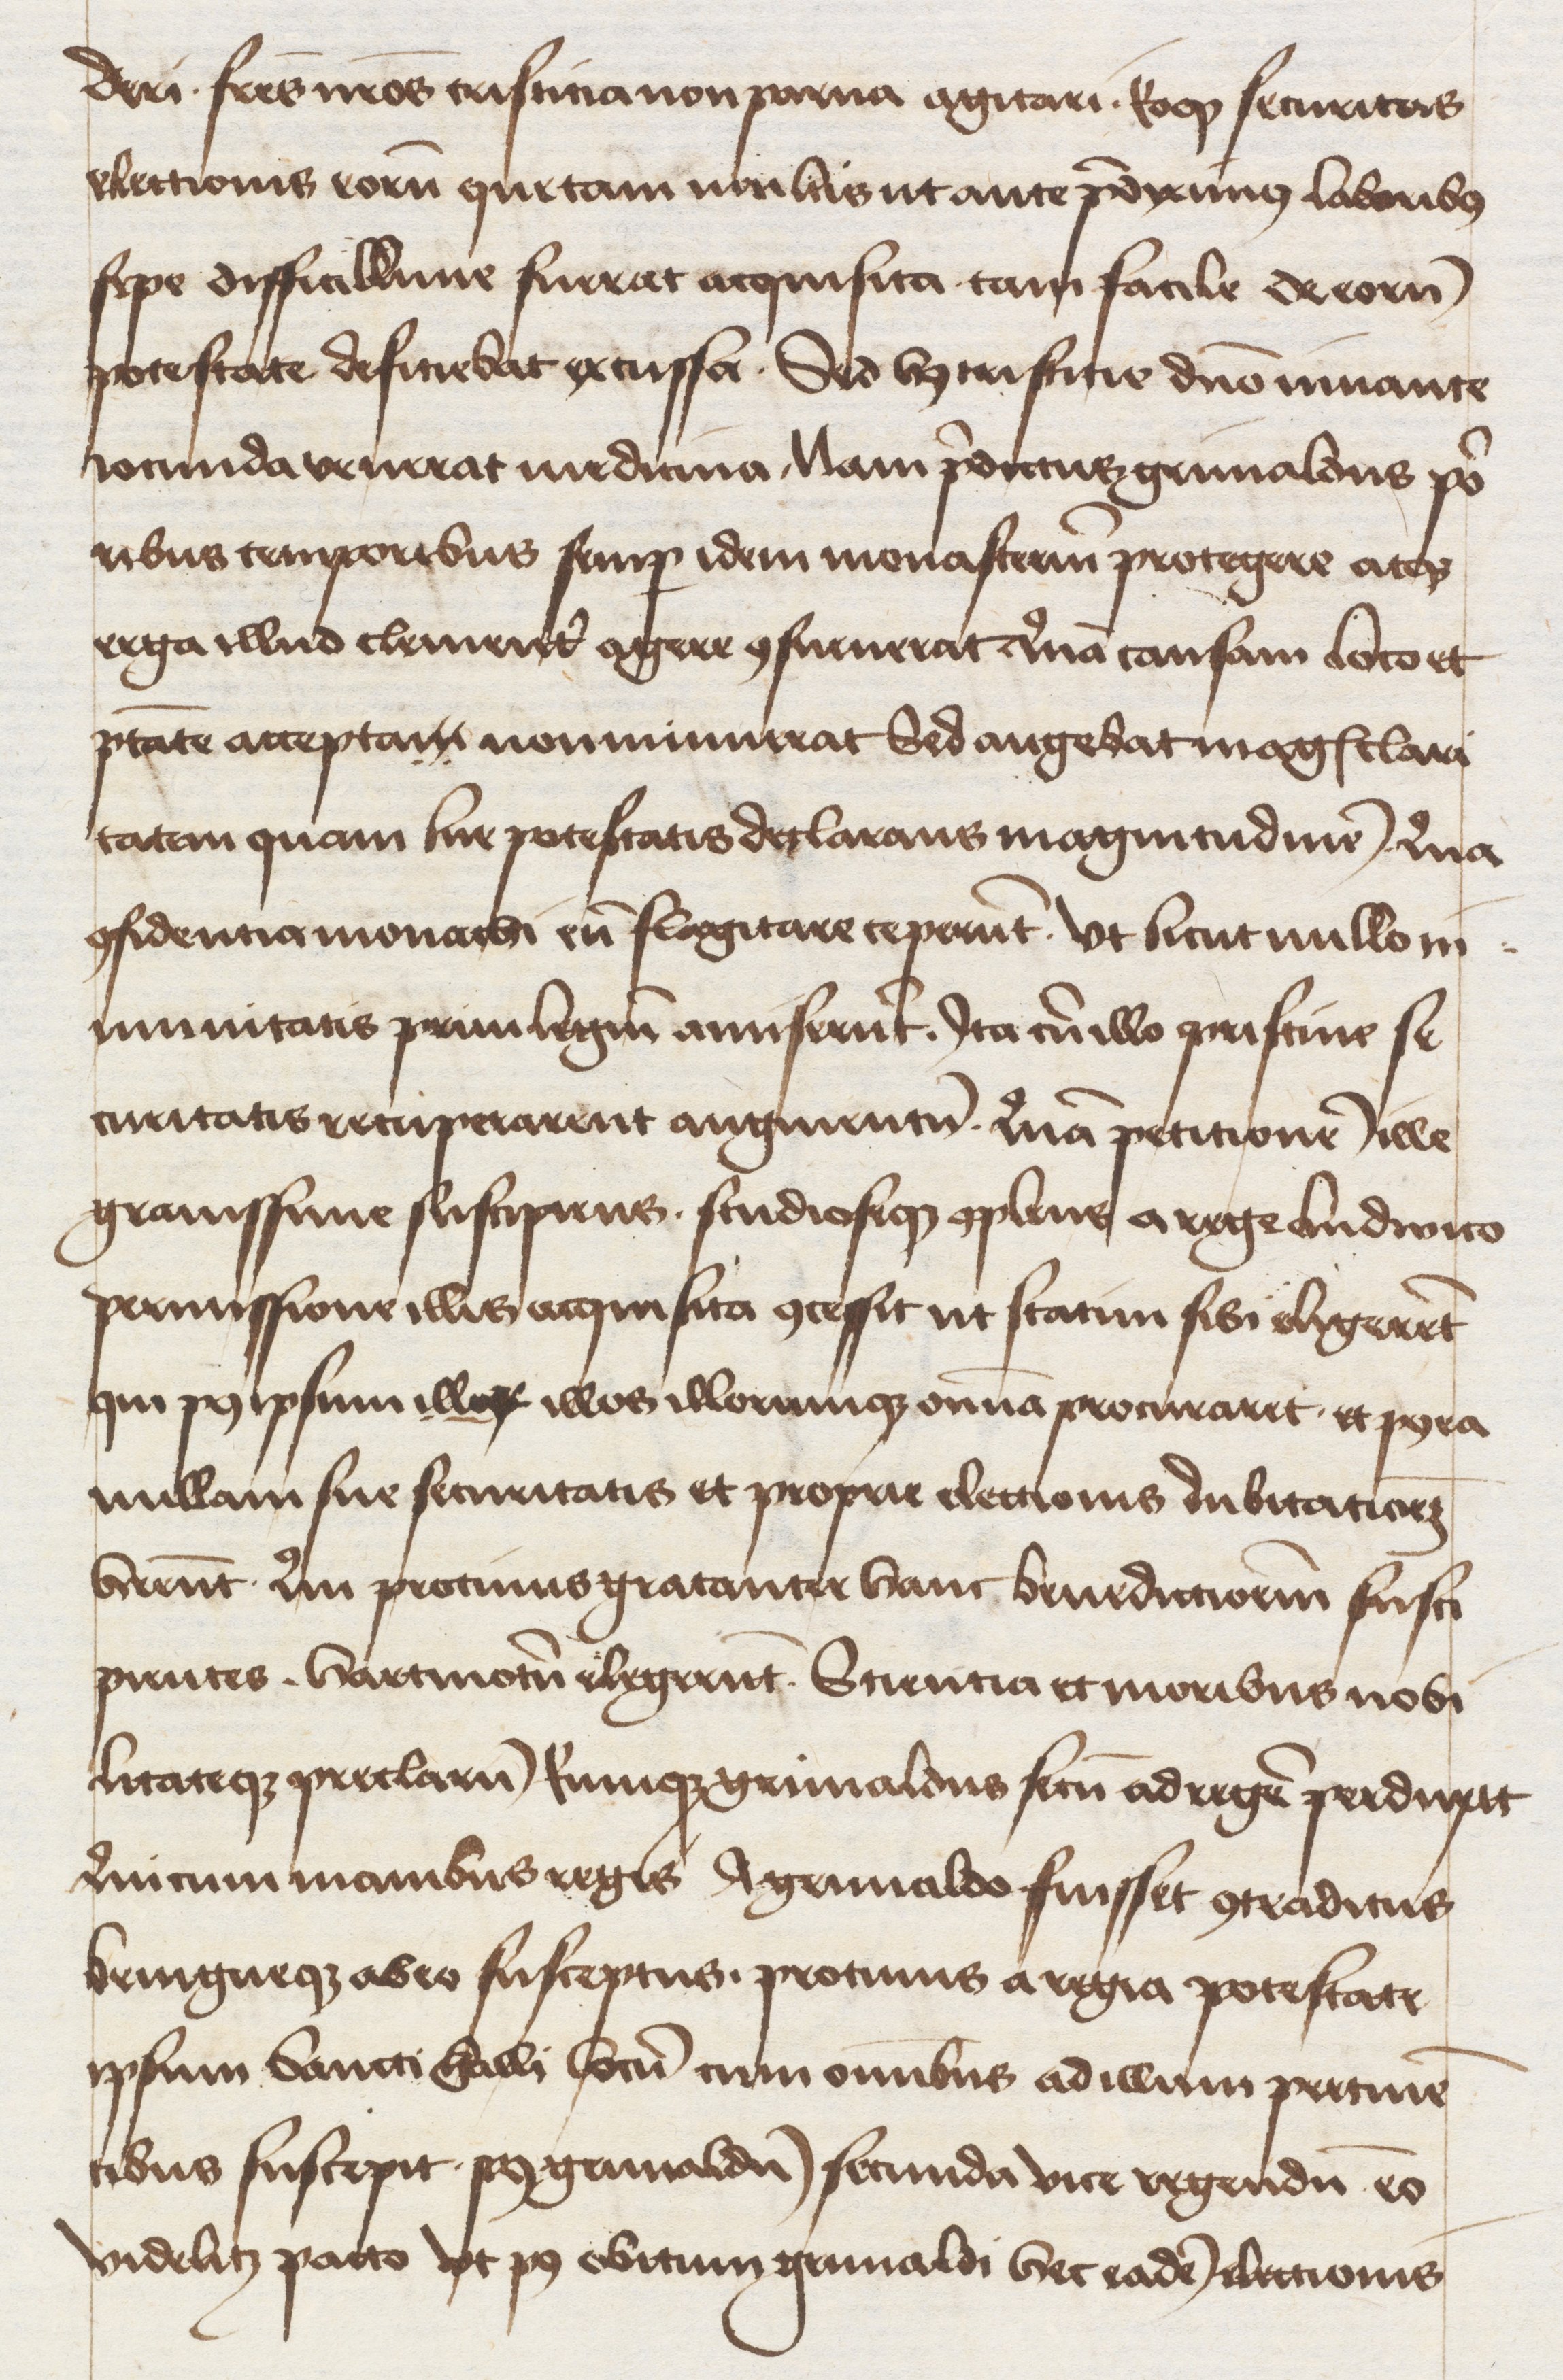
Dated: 1400–1499